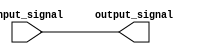
module io_block_low_power_buffer (
    input wire input_signal,
    output wire output_signal
);

assign output_signal = input_signal;

endmodule